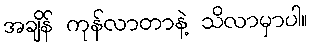
အချိန် ကုန်လာတာနဲ့ သိလာမှာပါ။